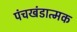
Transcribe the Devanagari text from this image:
पंचखंडात्मक